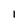
Character: l